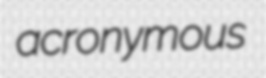
acronymous